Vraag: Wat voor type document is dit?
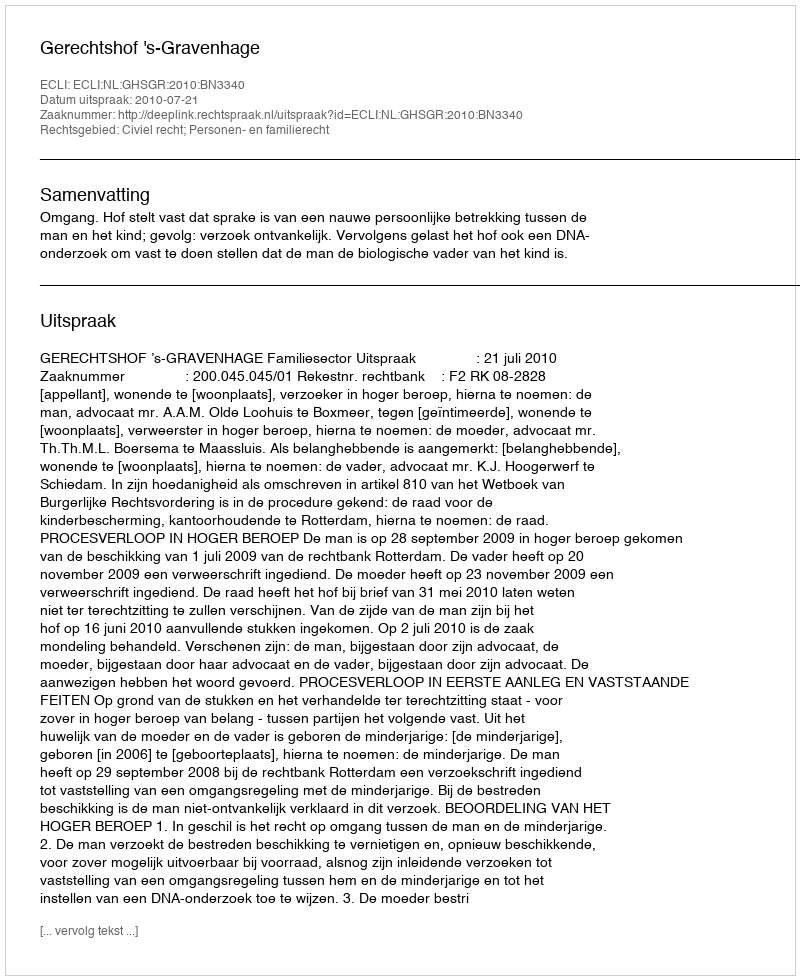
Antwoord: Uitspraak